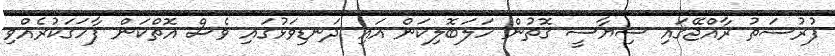
ފުރުސަތު ރާއްޖޭގައި ސިޔާސީ ގޮތުން ހަލަބޮލިކަން އައި ދަނޑިވަޅުގައި ވެސް އޮތްކަން ފާހަގަކުރެއްވި